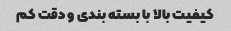
کیفیت بالا با بسته بندی و دقت کم